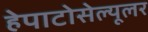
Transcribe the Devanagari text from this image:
हेपाटोसेल्यूलर